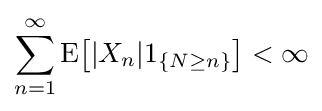
\sum _{n=1}^{\infty }\operatorname {E} \!{\bigl [}|X_{n}|1_{\{N\geq n\}}{\bigr ]}<\infty